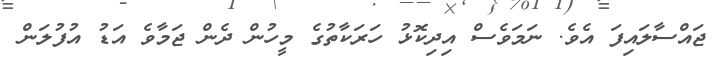
ޖައްސާލައިފަ އެވެ. ނަމަވެސް އިދިކޮޅު ހަރަކާތުގެ މީހުން ދެން ޖަމާވެ އަޑު އުފުލަން